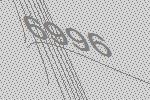
6996